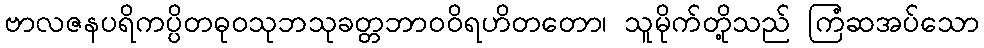
ဗာလဇနပရိကပ္ပိတဓုဝသုဘသုခတ္တဘာဝဝိရဟိတတော၊ သူမိုက်တို့သည် ကြံဆအပ်သော